Annual report on the working of the lock hospitals in the North-Western Provinces and Oudh
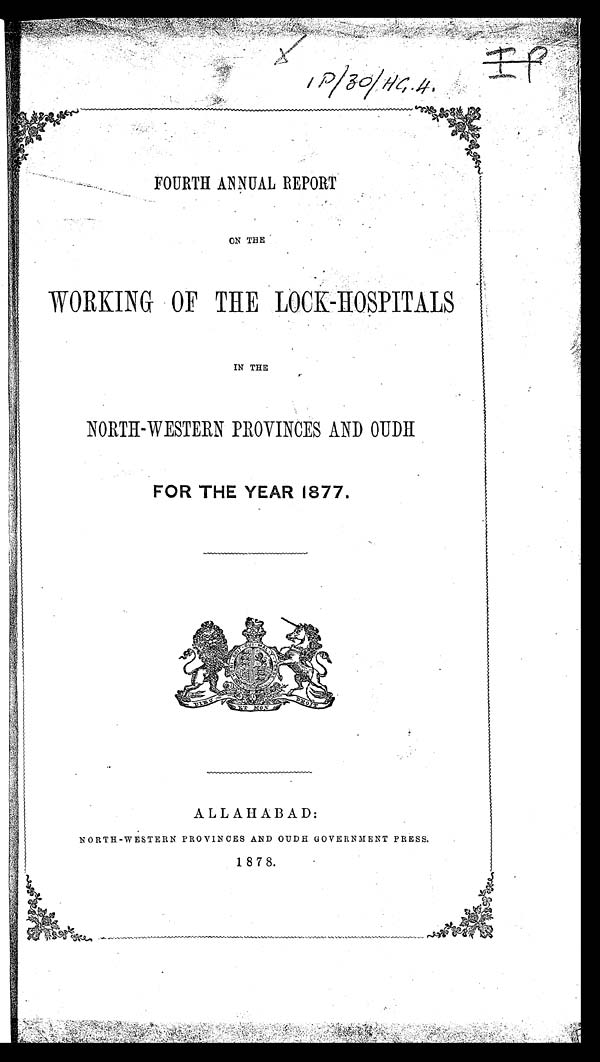
FOURTH ANNUAL REPORT
ON THE
WORKING OF THE LOCK-HOSPITALS
IN THE
NORTH-WESTERN PROVINCES AND OUDH
FOR THE YEAR 1877.
ALLAHABAD:
NORTH-WESTERN PROVINCES AND OUDH GOVERNMENT PRESS.
1878.